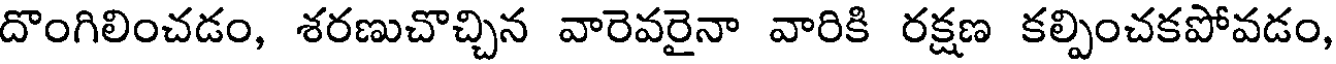
దొంగిలించడం, శరణుచొచ్చిన వారెవరైనా వారికి రక్షణ కల్పించకపోవడం,